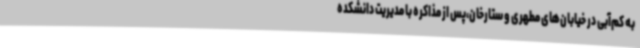
به کم‌آبی در خیابان‌های مطهری و ستارخان،پس از مذاکره با مدیریت دانشکده